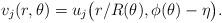
LaTeX: \begin{align*} v_j(r,\theta) = u_j \big( r/R(\theta) , \phi(\theta) - \eta \big) .\end{align*}